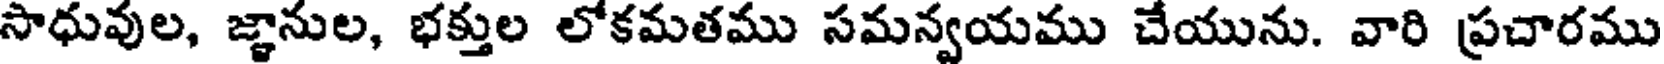
సాధువుల, జ్ఞానుల, భక్తుల లోకమతము సమన్వయము చేయును. వారి ప్రచారము